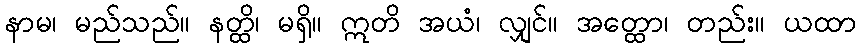
နာမ၊ မည်သည်။ နတ္ထိ၊ မရှိ။ ဣတိ အယံ၊ လျှင်။ အတ္ထော၊ တည်း။ ယထာ